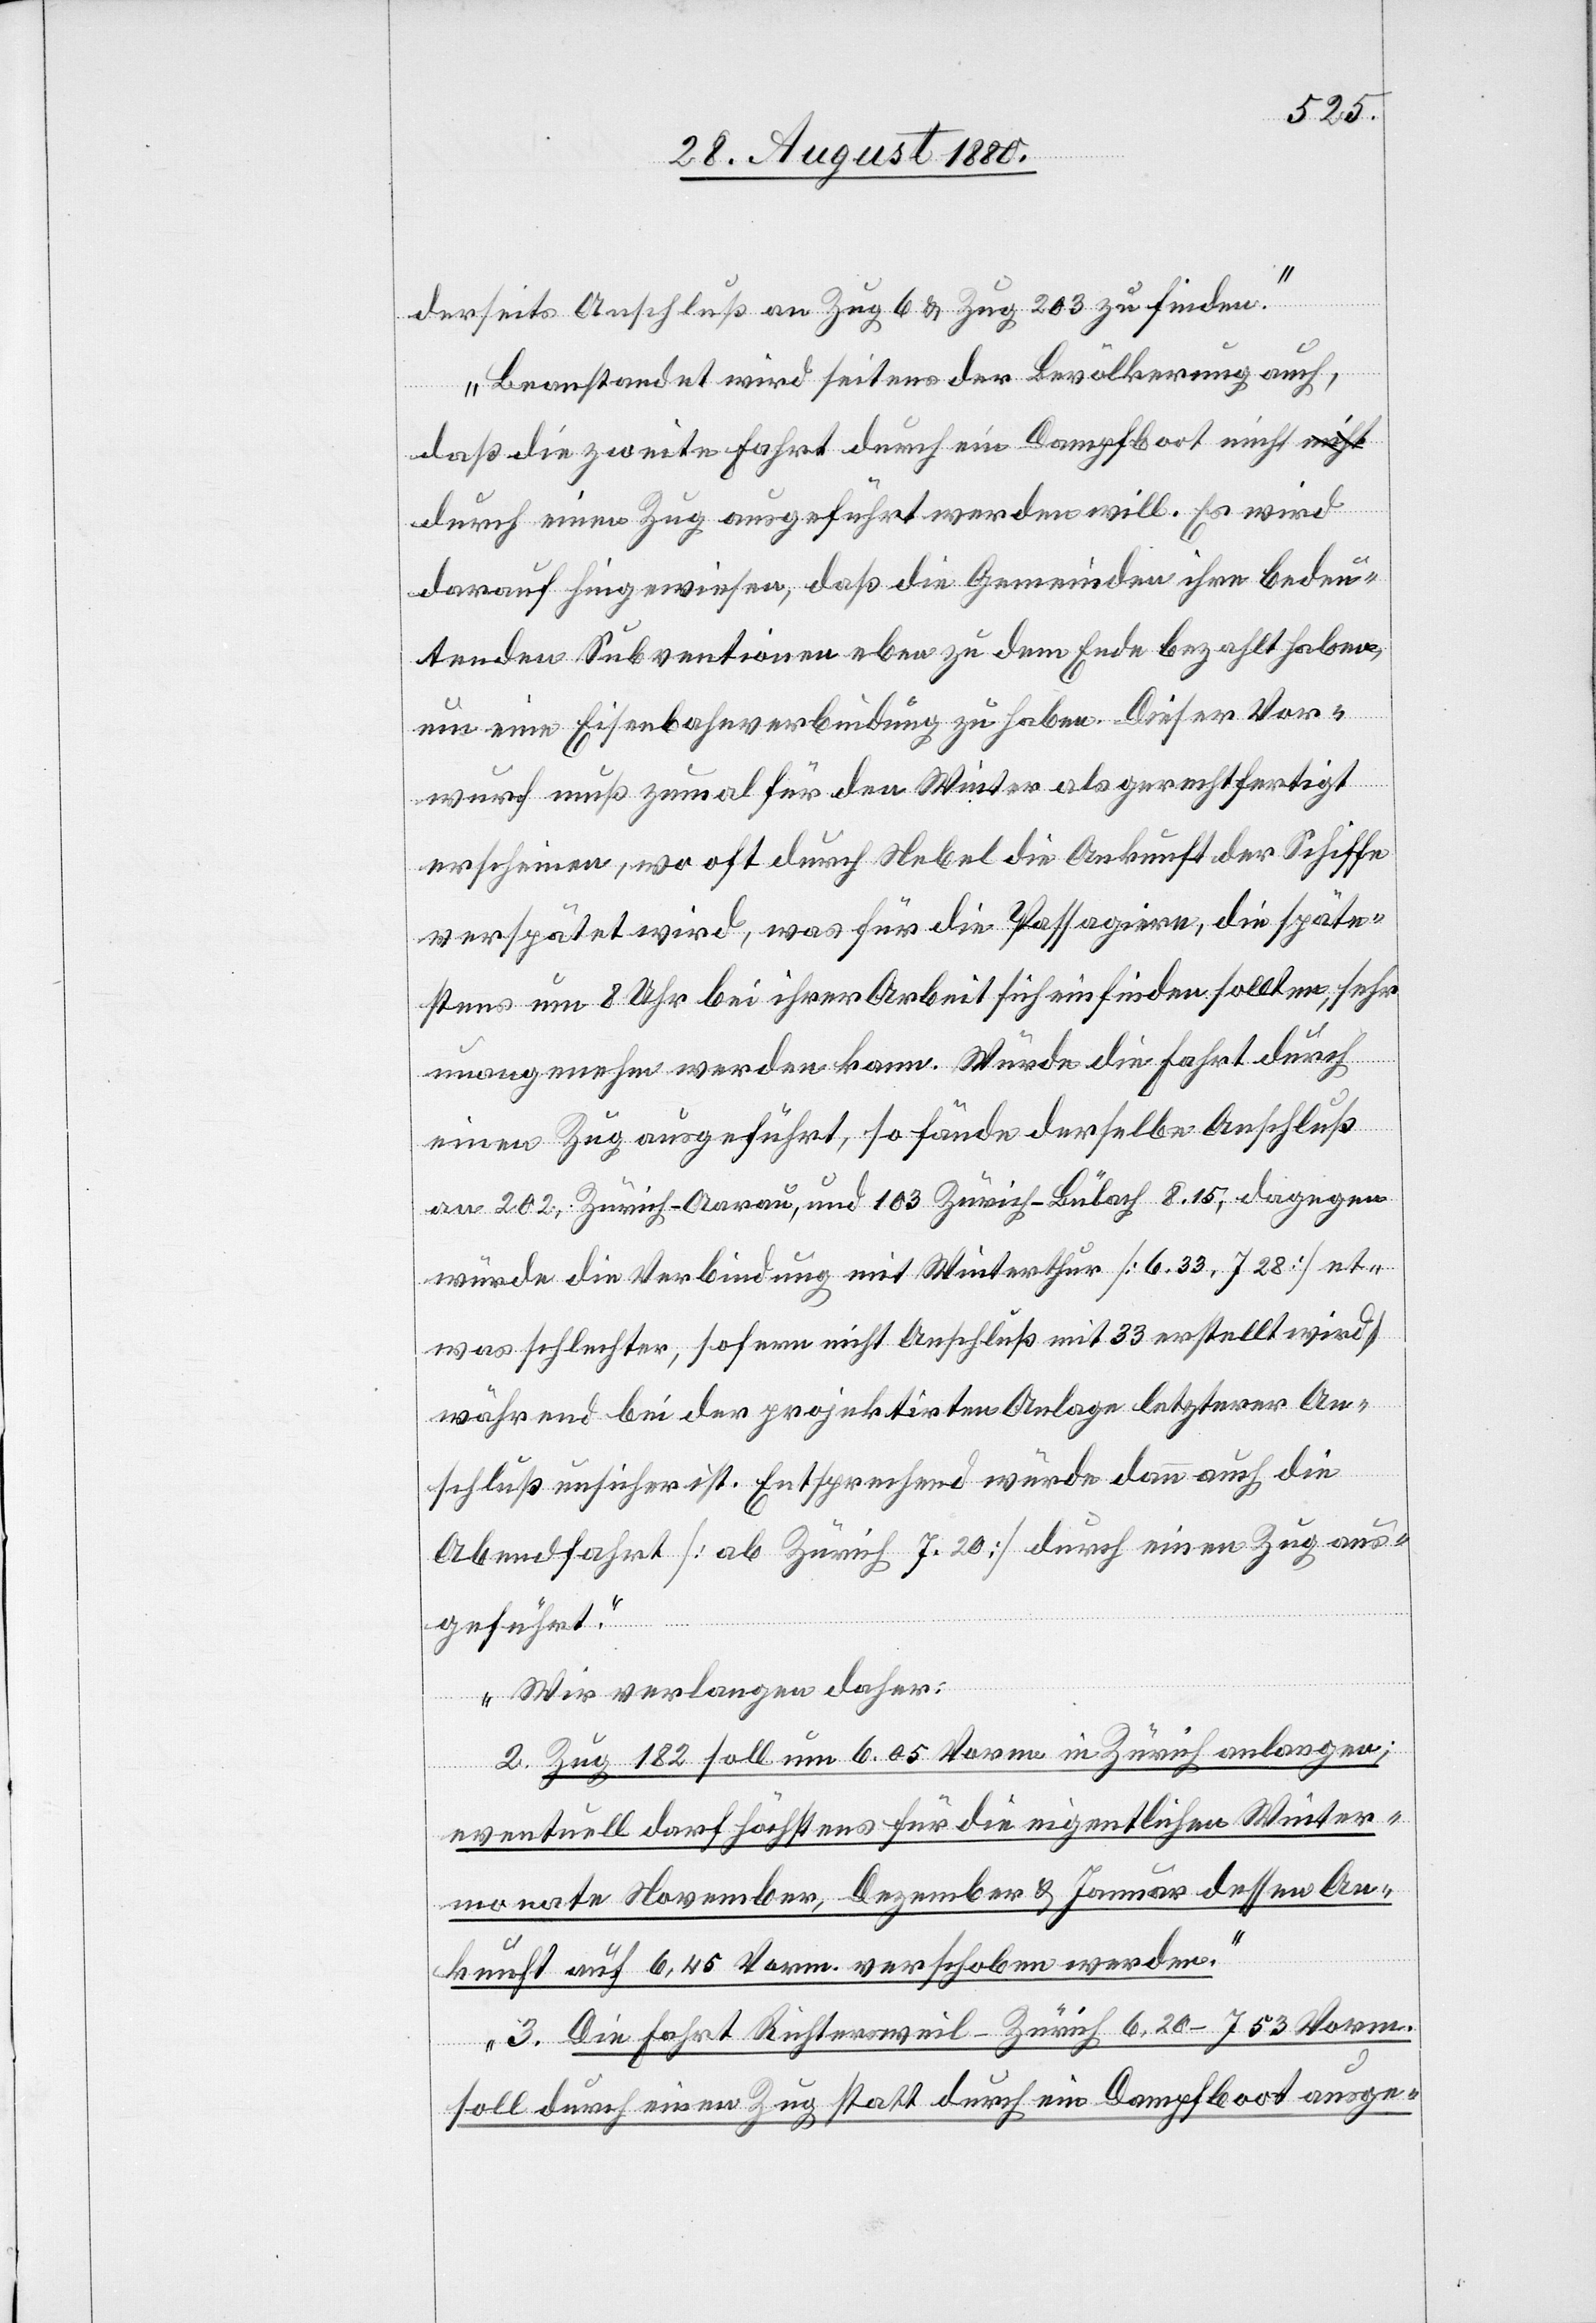
derseits Anschluß an Zug 6 & Zug 203 zu finden.
Beanstandet wird seitens der Bevölkerung auch,
daß die zweite Fahrt durch ein Dampfboot nicht a-nicht-a
durch einen Zug ausgeführt werden will. Es wird
darauf hingewiesen, daß die Gemeinde ihre bedeu¬
tenden Subventionen eben zu dem Ende bezahlt haben,
um eine Eisenbahnverbindung zu haben. Dieser Vor¬
wurf muß zumal für den Winter als gerechtfertigt
erscheinen, wo oft durch Nebel die Ankunft der Schiffe
verspätet wird, was für die Passagire, die späte¬
stens um 8 Uhr bei ihrer Arbeit sich einfinden sollten, sehr
unangenehm werden kann. Würde die Fahrt durch
einen Zug ausgeführt, so fände derselbe Anschluß
an 202 Zürich–Aarau, und 103 Zürich–Bülach 8.15, dagegen
würde die Verbindung mit Winterthur [6.33, 7.28] et¬
was schlechter, sofern nicht Anschluß mit 33 erstellt wird
während bei der projektirten Anlage letzterer An¬
schluß unsicher ist. Entsprechend wurde dann auch die
Abendfahrt [ab Zürich 7.20] durch einen Zug aus¬
geführt.
Wir verlangen daher:
2. Zug 182 soll um 6.05 Vorm[.] in Zürich angelangen;
eventuell darf höchstens für die eigentlichen Winter¬
monate November, Dezember & Januar dessen An¬
kunft auf 6.45 Vorm. verschoben werden.
3. Die Fahrt Richtersweil–Zürich 6.20–7.53 Vorm.
soll durch einen Zug statt durch ein Dampfboot ausge-